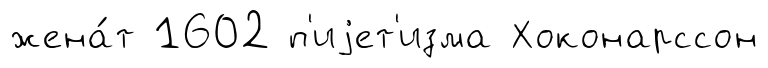
жена́т 1602 п'иjет'изма Хоконарссон